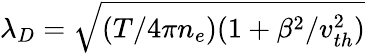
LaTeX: \lambda_{D}=\sqrt{(T/4\pi n_{e})(1+\beta^{2}/v_{th}^{2})}